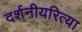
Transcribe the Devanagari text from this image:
दर्शनीयरित्या